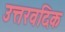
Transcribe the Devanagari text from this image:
उत्तरवदिक